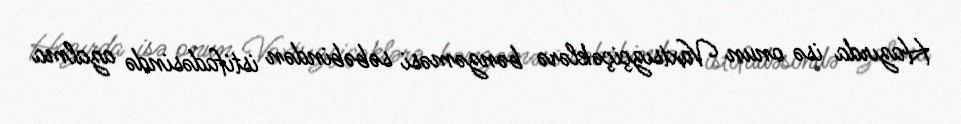
Hazırda isə onun Vaxtsızçiçəklərə bənzəməsi səbəbindən istifadəsində azalma